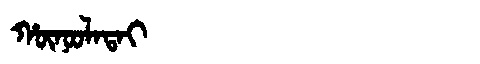
Manchu: ᡥᡡᠨᠣᠣᠯᠠᡨᠠᡳ
Romanization: HŪNOOLATAI